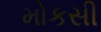
મોકસી